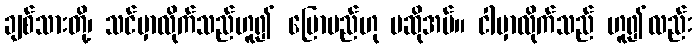
ချစ်သားတို့၊ သင်မှာလိုက်သည်ဟူ၍ ပြောမည်ဟု မဆိုအပ်။ ငါမှာလိုက်သည် ဟူ၍လည်း